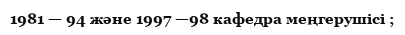
1981 — 94 және 1997 —98 кафедра меңгерушісі ;